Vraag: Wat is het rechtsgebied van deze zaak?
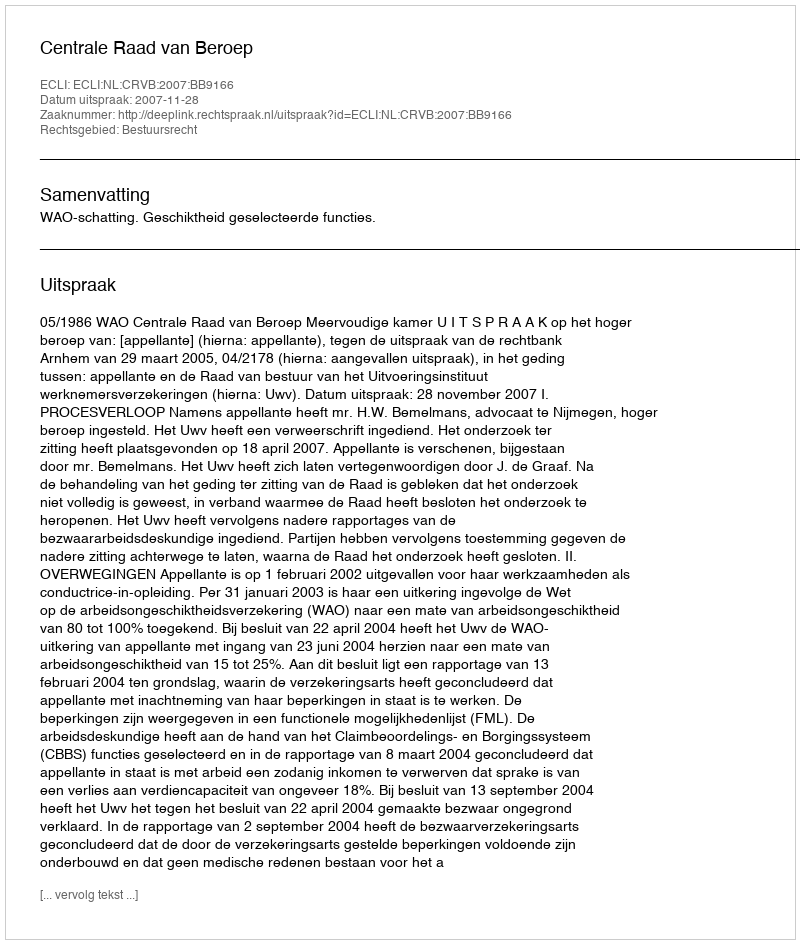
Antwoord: Bestuursrecht